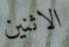
الاثنين